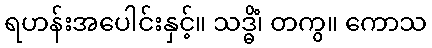
ရဟန်းအပေါင်းနှင့်။ သဒ္ဓိံ၊ တကွ။ ကောသ